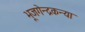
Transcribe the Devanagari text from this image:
भूजगेन्द्रकन्या